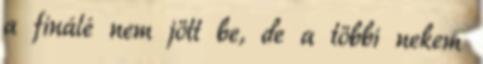
a finálé nem jött be, de a többi nekem